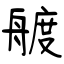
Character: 艔